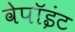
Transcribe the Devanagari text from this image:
वेपॉइंट